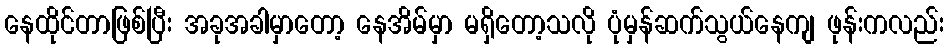
နေထိုင်တာဖြစ်ပြီး အခုအခါမှာတော့ နေအိမ်မှာ မရှိတော့သလို ပုံမှန်ဆက်သွယ်နေကျ ဖုန်းကလည်း